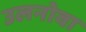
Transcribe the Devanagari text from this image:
उलनोवा